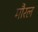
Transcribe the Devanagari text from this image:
मौरल